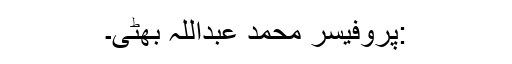
:پروفیسر محمد عبداللہ بھٹی۔